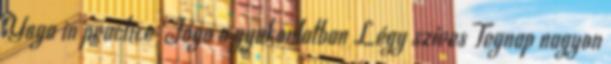
Yoga in practice Jóga a gyakorlatban Légy szíves Tegnap nagyon